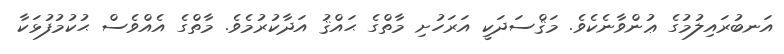
އަނބުރައިލުމުގެ ޢުންވާނެކެވެ. މަޤްސަދަކީ އަރަހުށި މާތްގެ ޙައްޤު އަދާކުރުމެވެ. މާތްގެ އެއްވެސް ޙުކުމުފުޅަކާ